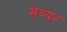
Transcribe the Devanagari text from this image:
सेव्यर